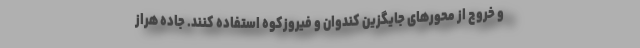
و خروج از محورهای جایگزین کندوان و فیروزکوه استفاده کنند. جاده هراز